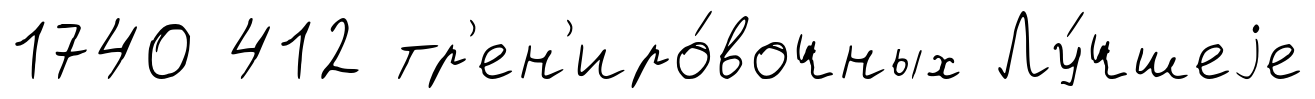
1740 412 тр'ен'иро́вочных Лу́чшеjе